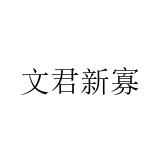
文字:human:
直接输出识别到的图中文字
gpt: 文君新寡